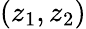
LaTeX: (z_{1},z_{2})